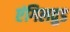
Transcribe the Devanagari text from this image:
एंगिलवुड